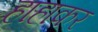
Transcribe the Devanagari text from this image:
हाहाकर